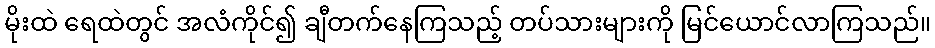
မိုးထဲ ရေထဲတွင် အလံကိုင်၍ ချီတက်နေကြသည့် တပ်သားများကို မြင်ယောင်လာကြသည်။